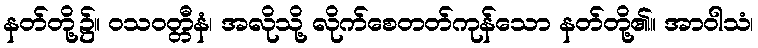
နတ်တို့၌။ ဝသဝတ္တီနံ၊ အလိုသို့ လိုက်စေတတ်ကုန်သော နတ်တို့၏။ အာဝါသံ၊